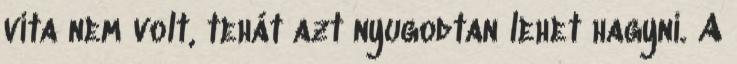
vita nem volt, tehát azt nyugodtan lehet hagyni. A